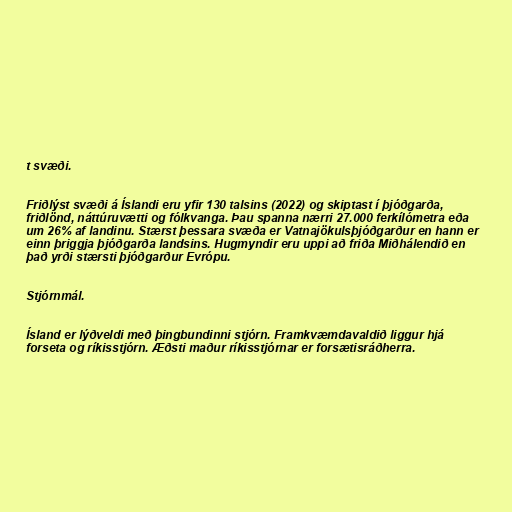
t svæði.

Friðlýst svæði á Íslandi eru yfir 130 talsins (2022) og skiptast í þjóðgarða,
friðlönd, náttúruvætti og fólkvanga. Þau spanna nærri 27.000 ferkílómetra eða
um 26% af landinu. Stærst þessara svæða er Vatnajökulsþjóðgarður en hann er
einn þriggja þjóðgarða landsins. Hugmyndir eru uppi að friða Miðhálendið en
það yrði stærsti þjóðgarður Evrópu.

Stjórnmál.

Ísland er lýðveldi með þingbundinni stjórn. Framkvæmdavaldið liggur hjá
forseta og ríkisstjórn. Æðsti maður ríkisstjórnar er forsætisráðherra.